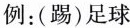
例：(踢)足球